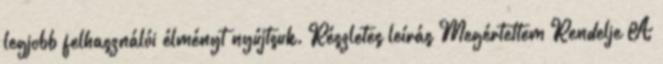
legjobb felhasználói élményt nyújtsuk. Részletes leírás Megértettem Rendelje A